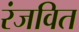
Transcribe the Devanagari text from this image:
रंजवित